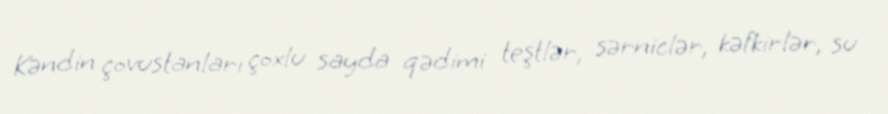
Kəndin çovustanları çoxlu sayda qədimi teştlər, sərniclər, kəfkirlər, su